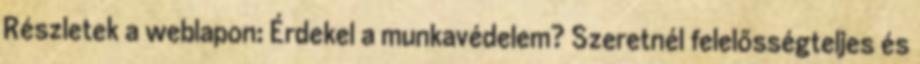
Részletek a weblapon: Érdekel a munkavédelem? Szeretnél felelősségteljes és